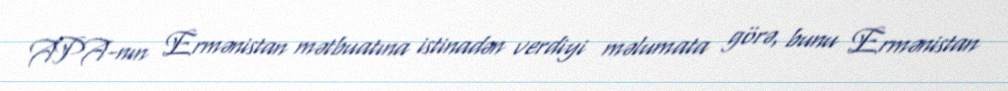
APA-nın Ermənistan mətbuatına istinadən verdiyi məlumata görə, bunu Ermənistan